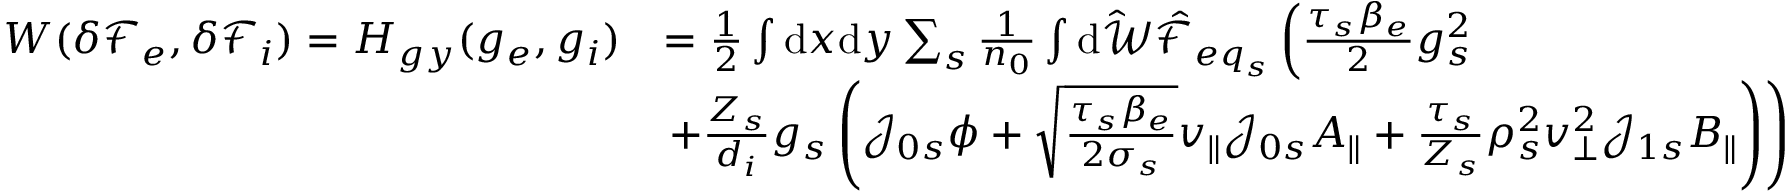
\begin{array} { r l } { W ( \delta { \mathcal F } _ { e } , \delta { \mathcal F } _ { i } ) = H _ { g y } ( g _ { e } , g _ { i } ) } & { = \frac { 1 } { 2 } \int \mathrm { d } x \mathrm { d } y \sum _ { s } \frac { 1 } { n _ { 0 } } \int \mathrm { d } \hat { \mathcal { W } } \hat { \mathcal { F } } _ { { e q } _ { s } } \left( \frac { \tau _ { s } \beta _ { e } } { 2 } g _ { s } ^ { 2 } \right. } \\ & { \left. + \frac { Z _ { s } } { d _ { i } } g _ { s } \left( \mathcal { J } _ { 0 s } \phi + \sqrt { \frac { \tau _ { s } \beta _ { e } } { 2 \sigma _ { s } } } v _ { \parallel } \mathcal { J } _ { 0 s } A _ { \parallel } + \frac { \tau _ { s } } { Z _ { s } } \rho _ { s } ^ { 2 } v _ { \perp } ^ { 2 } \mathcal { J } _ { 1 s } B _ { \parallel } \right) \right) } \end{array}